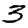
Digit: 3